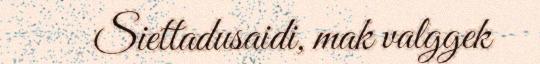
Siettadusaidi, mak valggek